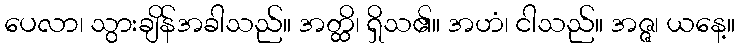
ပေလာ၊ သွားချိန်အခါသည်။ အတ္ထိ၊ ရှိသ၏။ အဟံ၊ ငါသည်။ အဇ္ဇ၊ ယနေ့။